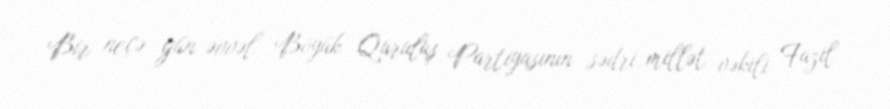
Bir neçə gün əvvəl Böyük Quruluş Partiyasının sədri, millət vəkili Fazil